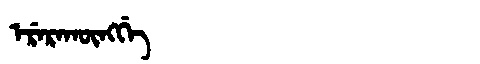
Manchu: ᡝᡵᡝᡵᠠᡴᡡᠩᡤᡝ
Romanization: ERERAKŪNGGE